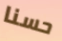
حسنا